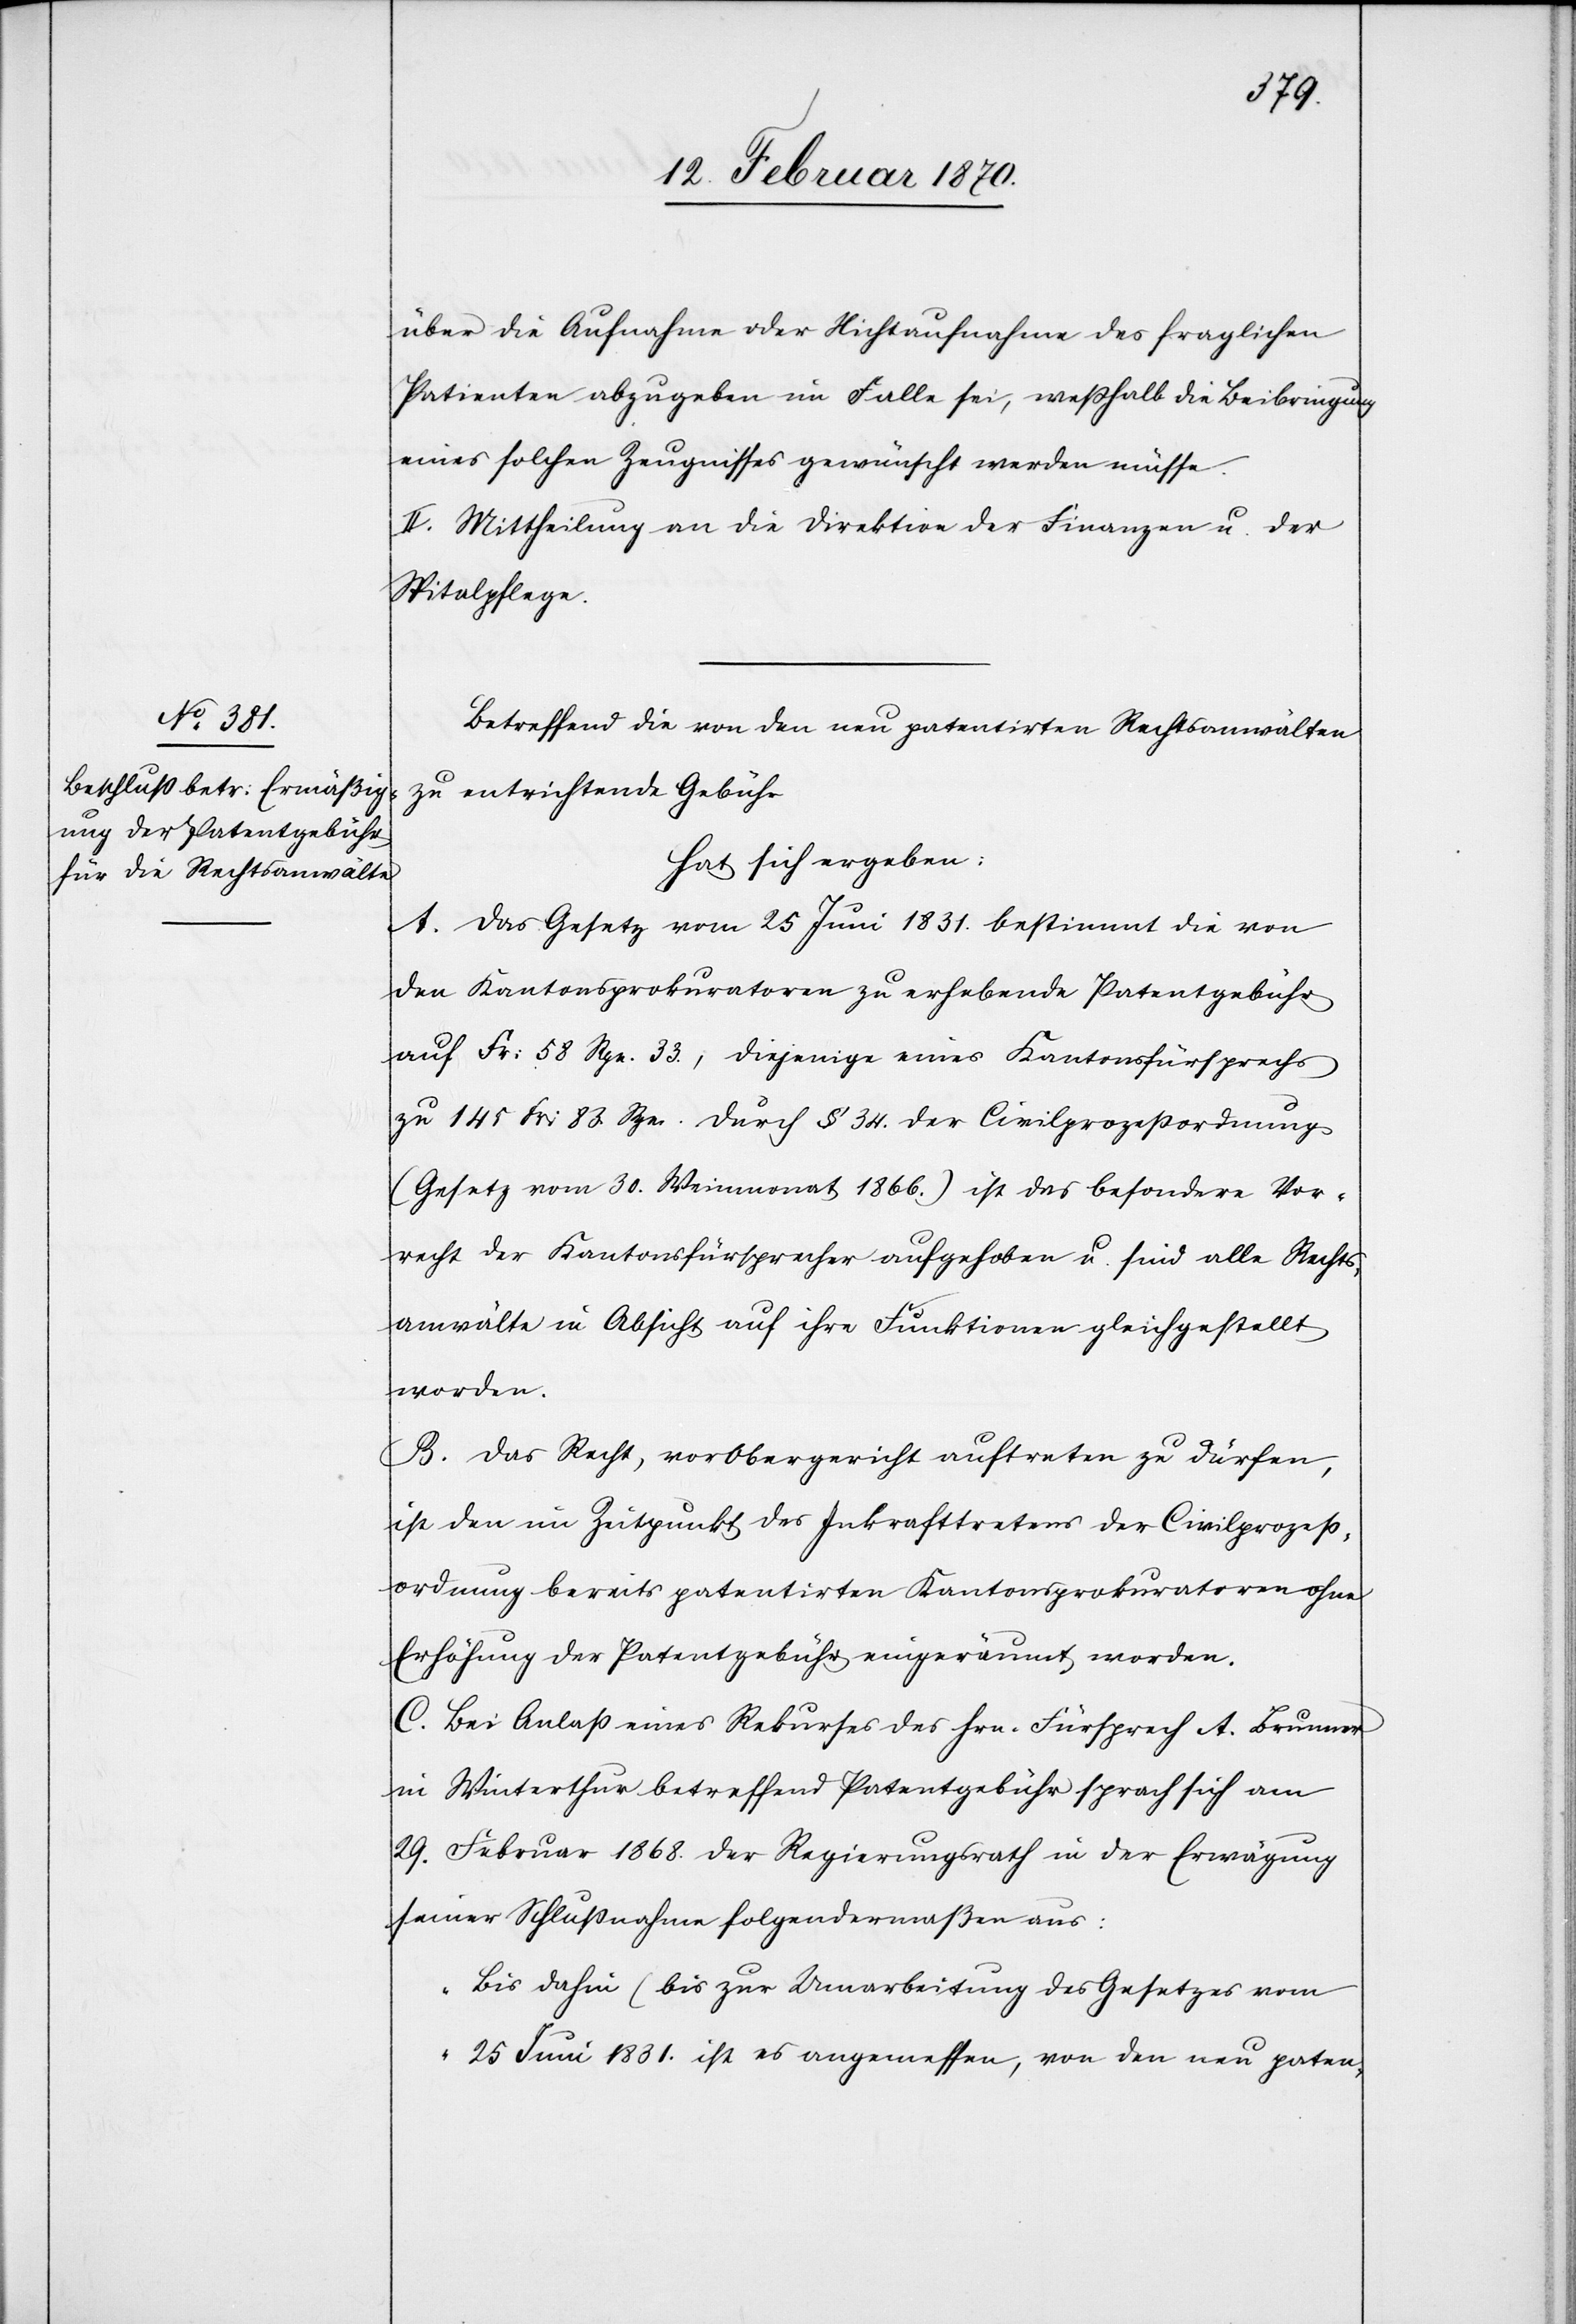
über die Aufnahme oder Nichtaufnahme des fraglichen
Patienten abzugeben im Falle sei, wesshalb die Beibringung
eines solchen Zeugnisses gewünscht werden müsse.
II. Mittheilung an die Direktion der Finanzen und der
Spitalpflege.
Betreffend die von den neu patentirten Rechtsanwälten
zu entrichtende Gebühr
hat sich ergeben:
A. Das Gesetz vom 25 Juni 1831. bestimmt die von
den Kantonsprokuratoren zu erhebende Patentgebühr
auf Fr: 58 Rpn. 33., diejenige eines Kantonsfürsprechs
zu 145 Fr: 83. Rpn. Durch § 34. der Civilprozeßordnung
(Gesetz vom 30. Weinmonat 1866.) ist das besondere Vor¬
recht der Kantonsfürsprecher aufgehoben u. sind alle Rechts¬
anwälte in Absicht auf ihre Funktionen gleichgestellt
worden.
B. Das Recht, vor Obergericht auftreten zu dürfen,
ist den im Zeitpunkt des Inkrafttretens der Civilprozeß¬
ordnung bereits patentirten Kantonsprokuratoren ohne
Erhöhung der Patentgebühr eingeräumt worden.
C. Bei Anlaß eines Rekurses des Hrn. Fürsprech A. Brunner
in Winterthur betreffend Patentgebühr sprach sich am
29. Februar 1868. der Regierungsrath in der Erwägung
seiner Schlußnahme folgendermaßen aus:
Bis dahin (bis zur Umarbeitung des Gesetzes vom
25 Juni 1831. ist es angemessen, von den neu paten-